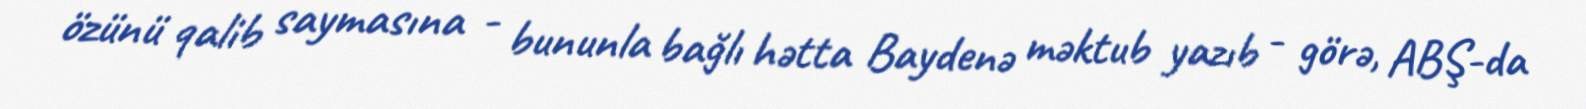
özünü qalib saymasına - bununla bağlı hətta Baydenə məktub yazıb - görə, ABŞ-da